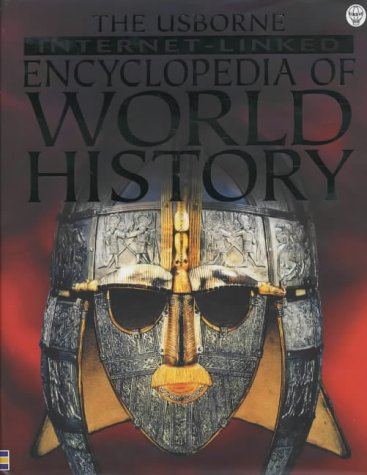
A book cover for Internet-Linked Encyclopedia of World History (World History (Usborne)); Jane Bingham; Children's Books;